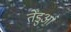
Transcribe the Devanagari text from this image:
तेंडुआ